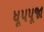
ધૂપપૂજા